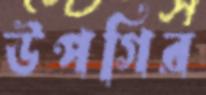
উপগির